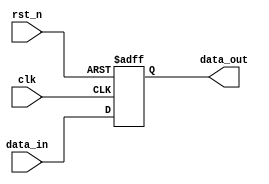
module synchronous_register (
    input wire clk,             // Clock input
    input wire rst_n,           // Active low reset
    input wire [7:0] data_in,   // Input data (8 bits)
    output reg [7:0] data_out    // Output data (8 bits)
);

// Always block triggered on positive edge of the clock or when reset is low
always @(posedge clk or negedge rst_n) begin
    if (!rst_n) begin
        // Reset output to zero
        data_out <= 8'b0;
    end else begin
        // Non-blocking assignment to output register
        data_out <= data_in; // Update output with input data
    end
end

endmodule